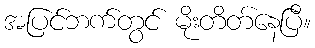
အပြင်ဘက်တွင် မိုးတိတ်နေပြီ။